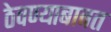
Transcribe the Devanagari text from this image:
ठेवण्याबाबत